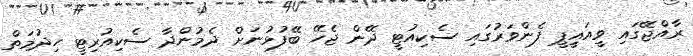
ރާއްޖޭގައި ވީއައިީޕީ ފެންވަރުގައި ސެކިއުޓީ ދޭން ޖެހޭ ބޭފުޅުނަށް ދެމުންދާ ސެކިއުރިޓީ ހިދުމަތް